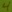
Text: 4